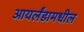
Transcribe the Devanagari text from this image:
आयर्लंडामधील